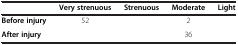
<table><thead><tr><td>[EMPTY_CELL]</td><td><b>Very strenuous</b></td><td><b>Strenuous</b></td><td><b>Moderate</b></td><td><b>Light</b></td></tr></thead><tbody><tr><td><b>Before injury</b></td><td>52</td><td>[EMPTY_CELL]</td><td>2</td><td>[EMPTY_CELL]</td></tr><tr><td><b>After injury</b></td><td>[EMPTY_CELL]</td><td>[EMPTY_CELL]</td><td>36</td><td>[EMPTY_CELL]</td></tr></tbody></table>